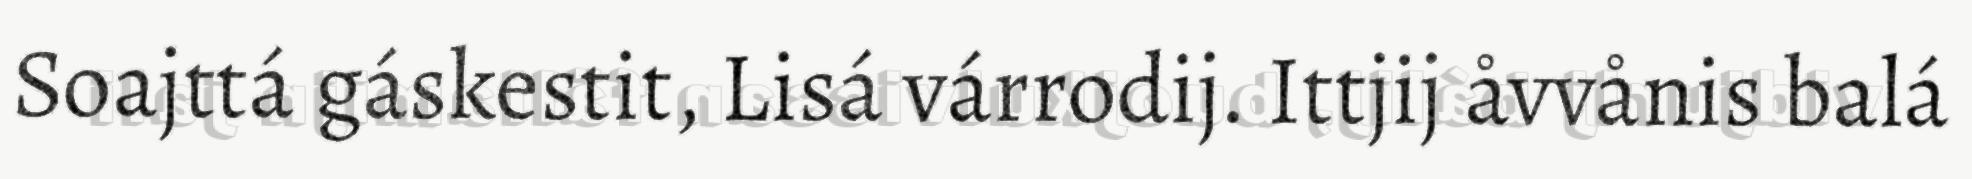
Soajttá gáskestit, Lisá várrodij. Ittjij åvvånis balá